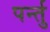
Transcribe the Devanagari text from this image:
पर्न्तु